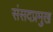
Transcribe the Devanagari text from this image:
संसदप्रमुख